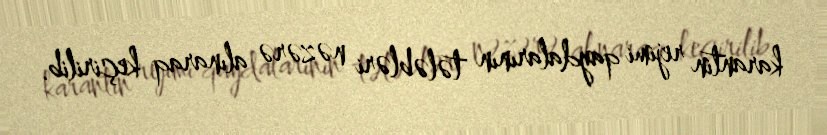
karantin rejimi qaydalarının tələbləri nəzərə alınaraq keçirilib.